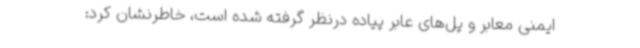
ایمنی معابر و پل‌های عابر پیاده درنظر گرفته شده است، خاطرنشان کرد: